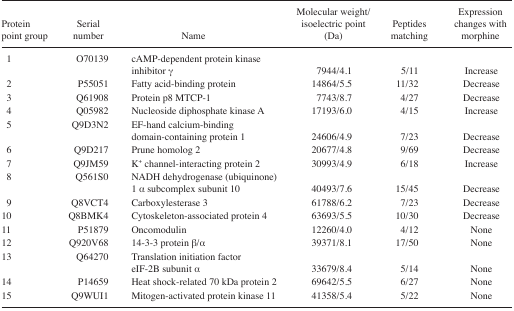
<table><thead><tr><td><b>Protein point group</b></td><td><b>Serial number</b></td><td><b>Name</b></td><td><b>Molecular weight/isoelectric point (Da)</b></td><td><b>Peptides matching</b></td><td><b>Expression changes with morphine</b></td></tr></thead><tbody><tr><td>1</td><td>O70139</td><td>cAMP-dependent protein kinase inhibitor γ</td><td>7944/4.1</td><td>5/11</td><td>Increase</td></tr><tr><td>2</td><td>P55051</td><td>Fatty acid-binding protein</td><td>14864/5.5</td><td>11/32</td><td>Decrease</td></tr><tr><td>3</td><td>Q61908</td><td>Protein p8 MTCP-1</td><td>7743/8.7</td><td>4/27</td><td>Decrease</td></tr><tr><td>4</td><td>Q05982</td><td>Nucleoside diphosphate kinase A</td><td>17193/6.0</td><td>4/15</td><td>Increase</td></tr><tr><td>5</td><td>Q9D3N2</td><td>EF-hand calcium-binding domain-containing protein 1</td><td>24606/4.9</td><td>7/23</td><td>Decrease</td></tr><tr><td>6</td><td>Q9D217</td><td>Prune homolog 2</td><td>20677/4.8</td><td>9/69</td><td>Decrease</td></tr><tr><td>7</td><td>Q9JM59</td><td>K<sup>+</sup> channel-interacting protein 2</td><td>30993/4.9</td><td>6/18</td><td>Increase</td></tr><tr><td>8</td><td>Q561S0</td><td>NADH dehydrogenase (ubiquinone) 1 α subcomplex subunit 10</td><td>40493/7.6</td><td>15/45</td><td>Decrease</td></tr><tr><td>9</td><td>Q8VCT4</td><td>Carboxylesterase 3</td><td>61788/6.2</td><td>7/23</td><td>Decrease</td></tr><tr><td>10</td><td>Q8BMK4</td><td>Cytoskeleton-associated protein 4</td><td>63693/5.5</td><td>10/30</td><td>Decrease</td></tr><tr><td>11</td><td>P51879</td><td>Oncomodulin</td><td>12260/4.0</td><td>4/12</td><td>None</td></tr><tr><td>12</td><td>Q920V68</td><td>14-3-3 protein β/α</td><td>39371/8.1</td><td>17/50</td><td>None</td></tr><tr><td>13</td><td>Q64270</td><td>Translation initiation factor eIF-2B subunit α</td><td>33679/8.4</td><td>5/14</td><td>None</td></tr><tr><td>14</td><td>P14659</td><td>Heat shock-related 70 kDa protein 2</td><td>69642/5.5</td><td>6/27</td><td>None</td></tr><tr><td>15</td><td>Q9WUI1</td><td>Mitogen-activated protein kinase 11</td><td>41358/5.4</td><td>5/22</td><td>None</td></tr></tbody></table>